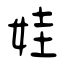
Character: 娃